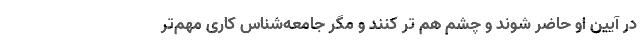
در آیین او حاضر شوند و چشم هم تر کنند و مگر جامعه‌شناس کاری مهم‌تر